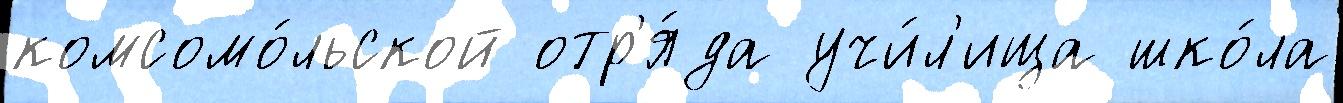
комсомо́льской отр'я́да учи́л'ища шко́ла